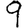
Digit: 9